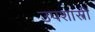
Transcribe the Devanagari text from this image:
उपशास्त्री